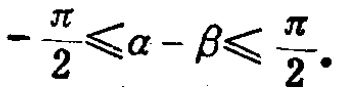
\(-\frac{\pi}{2}\leqslant\alpha - \beta\leqslant \frac{\pi}{2}.\)